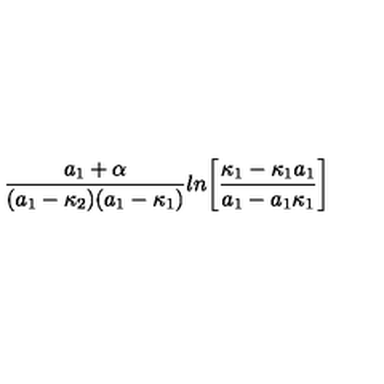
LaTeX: { \frac { a _ { 1 } + \alpha } { ( a _ { 1 } - \kappa _ { 2 } ) ( a _ { 1 } - \kappa _ { 1 } ) } } l n \biggl [ { \frac { \kappa _ { 1 } - \kappa _ { 1 } a _ { 1 } } { a _ { 1 } - a _ { 1 } \kappa _ { 1 } } } \biggr ]